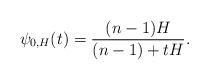
LaTeX: \begin{align*} \psi_{0,H}(t)=\frac{(n-1)H}{(n-1)+tH}. \end{align*}